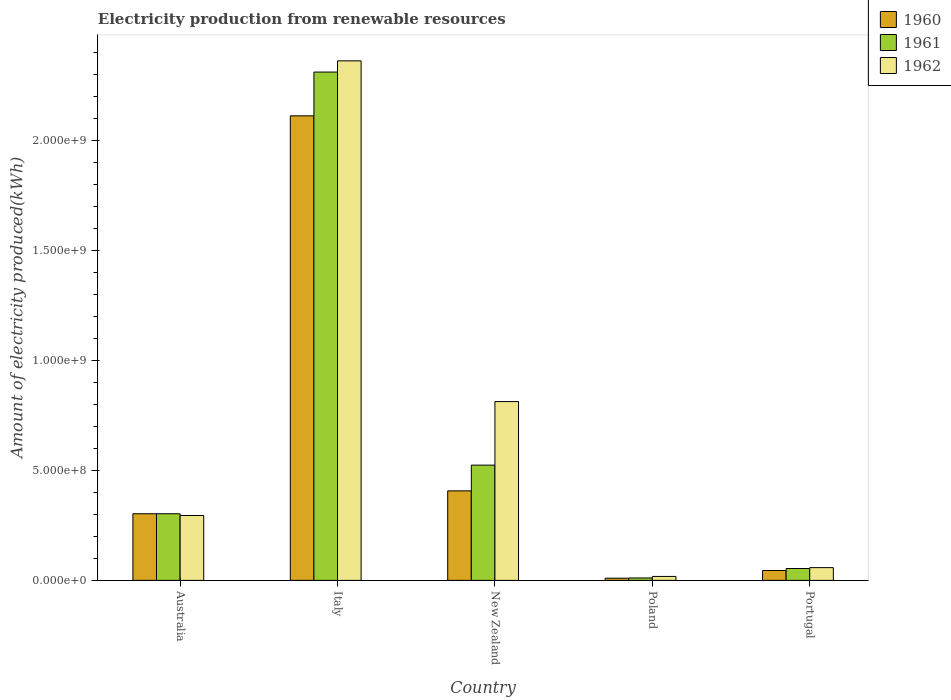
| Country | 1960 | 1961 | 1962 |
 | --- | --- | --- | --- |
 | Australia | 3.03e+08 | 3.03e+08 | 2.95e+08 |
 | Italy | 2.11e+09 | 2.31e+09 | 2.36e+09 |
 | New Zealand | 4.07e+08 | 5.24e+08 | 8.13e+08 |
 | Poland | 1e+07 | 1.1e+07 | 1.8e+07 |
 | Portugal | 4.5e+07 | 5.4e+07 | 5.8e+07 |